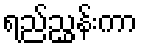
ရည်ညွှန်းကာ